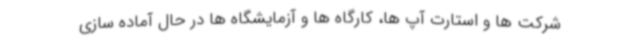
شرکت ها و استارت آپ ها، کارگاه ها و آزمایشگاه ها در حال آماده سازی